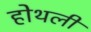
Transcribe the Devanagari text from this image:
होथली